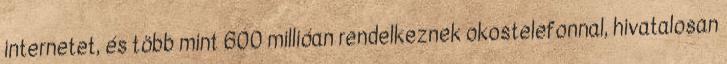
internetet, és több mint 600 millióan rendelkeznek okostelefonnal, hivatalosan